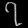
Digit: ၇